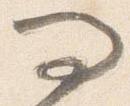
問